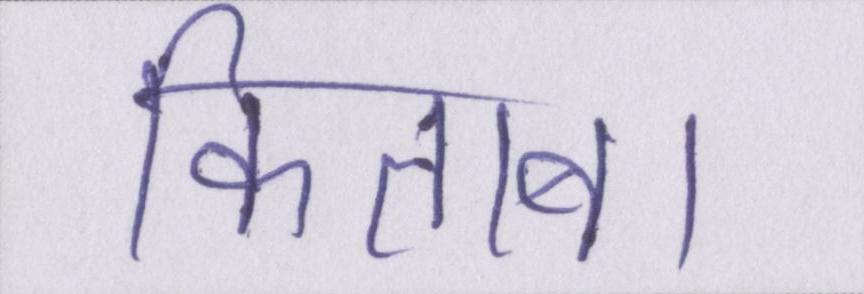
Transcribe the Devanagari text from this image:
किताब।